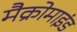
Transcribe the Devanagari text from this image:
मैक्रोमाइंड